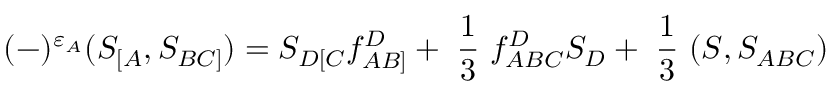
( - ) ^ { \varepsilon _ { A } } ( S _ { [ A } , S _ { B C ] } ) = S _ { D [ C } f _ { A B ] } ^ { D } + \mathrm { \small { ~ \frac { 1 } { 3 } ~ } } f _ { A B C } ^ { D } S _ { D } + \mathrm { \small { ~ \frac { 1 } { 3 } ~ } } ( S , S _ { A B C } )